Vaccination in Bombay 1856-1862 - 1856-1862
Year: 1856
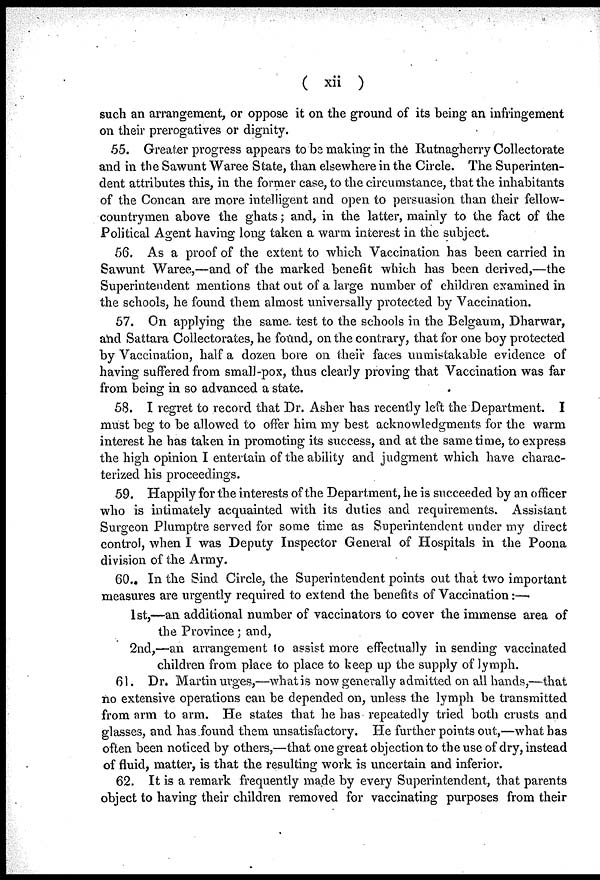
( xii )
such an arrangement, or oppose it on the ground of its being an infringement
on their prerogatives or dignity.
55. Greater progress appears to be making in the Rutnagherry Collectorate
and in the Sawunt Waree State, than elsewhere in the Circle. The Superinten-
dent attributes this, in the former case, to the circumstance, that the inhabitants
of the Concan are more intelligent and open to persuasion than their fellow-
countrymen above the ghats; and, in the latter, mainly to the fact of the
Political Agent having long taken a warm interest in the subject.
56. As a proof of the extent to which Vaccination has been carried in
Sawunt Waree,—and of the marked benefit which has been derived,—the
Superintendent mentions that out of a large number of children examined in
the schools, he found them almost universally protected by Vaccination.
57. On applying the same test to the schools in the Belgaum, Dharwar,
and Sattara Collectorates, he found, on the contrary, that for one boy protected
by Vaccination, half a dozen bore on their faces unmistakable evidence of
having suffered from small-pox, thus clearly proving that Vaccination was far
from being in so advanced a state.
58. I regret to record that Dr. Asher has recently left the Department. I
must beg to be allowed to offer him my best acknowledgments for the warm
interest he has taken in promoting its success, and at the same time, to express
the high opinion I entertain of the ability and judgment which have charac-
terized his proceedings.
59. Happily for the interests of the Department, he is succeeded by an officer
who is intimately acquainted with its duties and requirements. Assistant
Surgeon Plumptre served for some time as Superintendent under my direct
control, when I was Deputy Inspector General of Hospitals in the Poona
division of the Army.
60. In the Sind Circle, the Superintendent points out that two important
measures are urgently required to extend the benefits of Vaccination:—
1st,—an additional number of vaccinators to cover the immense area of
the Province; and,
2nd,—an arrangement to assist more effectually in sending vaccinated
children from place to place to keep up the supply of lymph.
61. Dr. Martin urges,—what is now generally admitted on all hands,—that
no extensive operations can be depended on, unless the lymph be transmitted
from arm to arm. He states that he has repeatedly tried both crusts and
glasses, and has found them unsatisfactory. He further points out,—what has
often been noticed by others,—that one great objection to the use of dry, instead
of fluid, matter, is that the resulting work is uncertain and inferior.
62. It is a remark frequently made by every Superintendent, that parents
object to having their children removed for vaccinating purposes from their